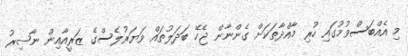
މި އެއްބަސްވުމުގައި ހުރި މާއްދާތަކަށް ގެންނާން ޖެހޭ ބަދަލުތައް ވަޔަރުލެސްގެ ޒަރީއާއިން ނާޞިރު